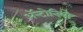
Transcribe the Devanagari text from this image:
ॲन्टोनियो